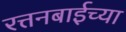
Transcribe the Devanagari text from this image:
रत्तनबाईच्या